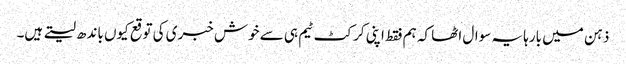
ذہن میں بارہا یہ سوال اٹھا کہ ہم فقط اپنی کرکٹ ٹیم ہی سے خوش خبری کی توقع کیوں باندھ لیتے ہیں۔